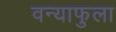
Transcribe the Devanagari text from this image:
वन्याफुला